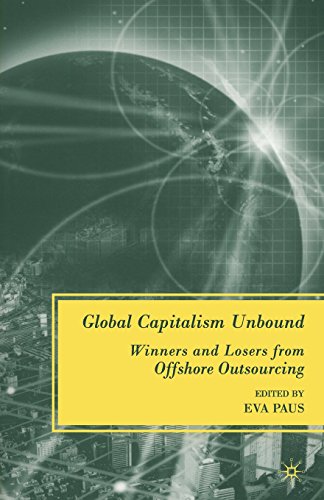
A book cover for Global Capitalism Unbound: Winners and Losers from Offshore Outsourcing; Business & Money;